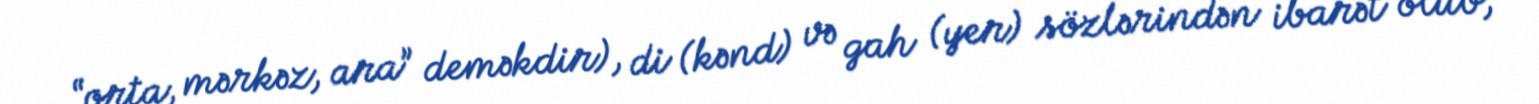
“orta, mərkəz, ara” deməkdir), di (kənd) və gah (yer) sözlərindən ibarət olub,